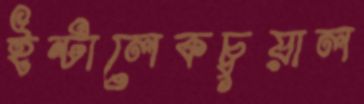
ইন্টালেকচুয়াল